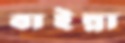
বাইন্না